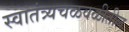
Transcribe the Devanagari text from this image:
स्वातंत्र्यचळवळीतील